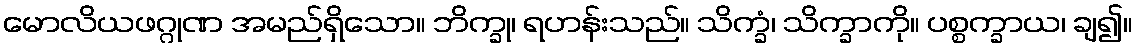
မောလိယဖဂ္ဂုဏ အမည်ရှိသော။ ဘိက္ခု၊ ရဟန်းသည်။ သိက္ခံ၊ သိက္ခာကို။ ပစ္စက္ခာယ၊ ချ၍။